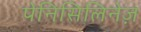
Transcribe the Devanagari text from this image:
पेनिसिलिनेज़